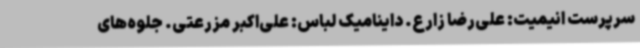
سرپرست انیمیت: علی‌رضا زارع. داینامیک لباس: علی‌اکبر مزرعتی. جلوه‌های